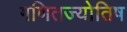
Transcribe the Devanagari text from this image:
गणितज्योतिष